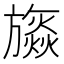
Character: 𣄡